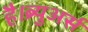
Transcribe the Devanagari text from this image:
है।ब्र्युअर्स